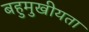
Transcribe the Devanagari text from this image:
बहुमुखीयता